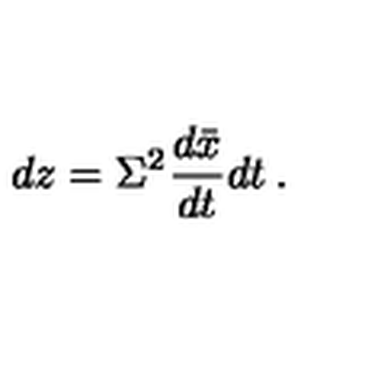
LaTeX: d z = \Sigma ^ { 2 } \frac { d \bar { x } } { d t } d t \: .